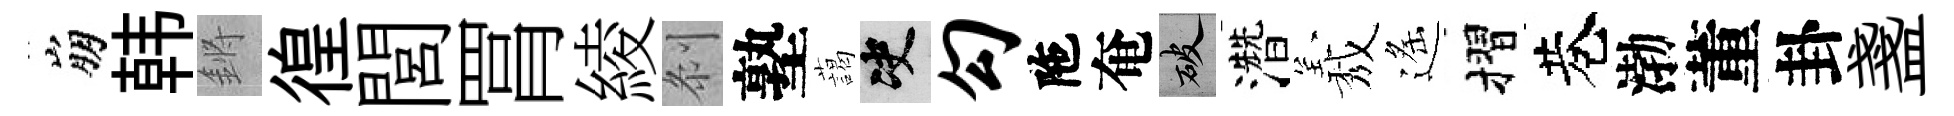
崩韩鏘徨閭罥綾𠛴塾藹决勾陁奄破濳𦏁遙摺巷渤董卦盞